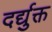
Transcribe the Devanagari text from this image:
दर्द्युक्त